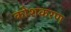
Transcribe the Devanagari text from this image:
कोशकरण